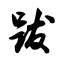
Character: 跋